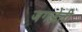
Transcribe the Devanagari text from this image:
जगज्जेती